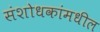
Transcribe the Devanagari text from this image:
संशोधकांमधील